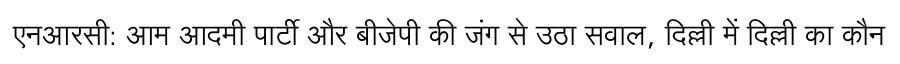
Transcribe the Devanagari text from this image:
एनआरसी: आम आदमी पार्टी और बीजेपी की जंग से उठा सवाल, दिल्ली में दिल्ली का कौन